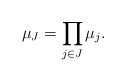
LaTeX: \begin{align*}\mu_J=\prod_{j\in J}\mu_j.\end{align*}